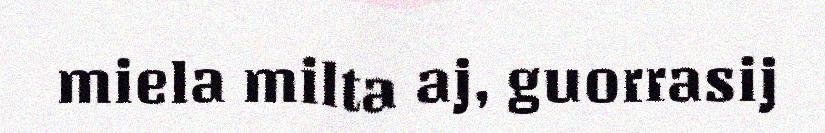
miela milta aj, guorrasij